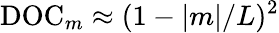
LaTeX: \mathrm{DOC}_{m}\approx(1-|m|/L)^{2}